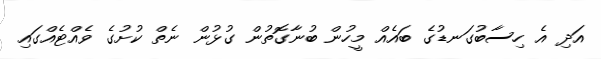
އަދި އެ ހިސާބުގަނޑުގެ ބައެއް މީހުން ބުނާގޮތުން ގުޅުން ނެތް ކުށުގެ ވެއްޓެއްގައި